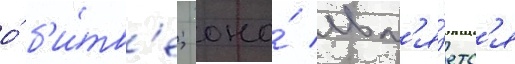
о́ б'и́тв'е; оно́ явл'я́етс'я